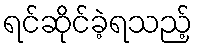
ရင်ဆိုင်ခဲ့ရသည့်